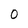
Character: 0